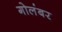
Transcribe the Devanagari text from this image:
गोलंबर